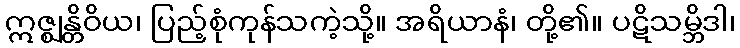
ဣဇ္ဈန္တိဝိယ၊ ပြည့်စုံကုန်သကဲ့သို့။ အရိယာနံ၊ တို့၏။ ပဋိသမ္ဘိဒါ၊